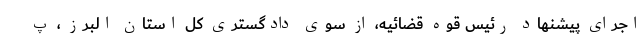
اجرای پیشنهاد رئیس قوه قضائیه، از سوی دادگستری کل استان البرز ، پ